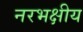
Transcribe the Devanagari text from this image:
नरभक्षीय